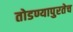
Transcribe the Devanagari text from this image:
तोडण्यापुरतेच